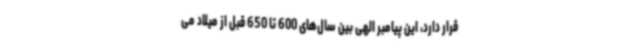
قرار دارد، این پیامبر الهی بین سال‌های 600 تا 650 قبل از میلاد می